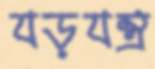
যড়যন্ত্র